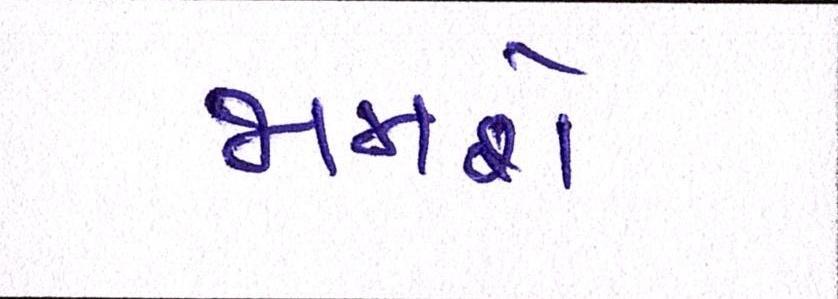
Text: જામશે